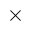
\times